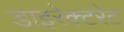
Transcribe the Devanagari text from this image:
डाइरेक्टरेट